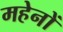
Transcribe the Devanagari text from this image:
महेनों